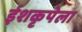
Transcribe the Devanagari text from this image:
ईशकृपेला